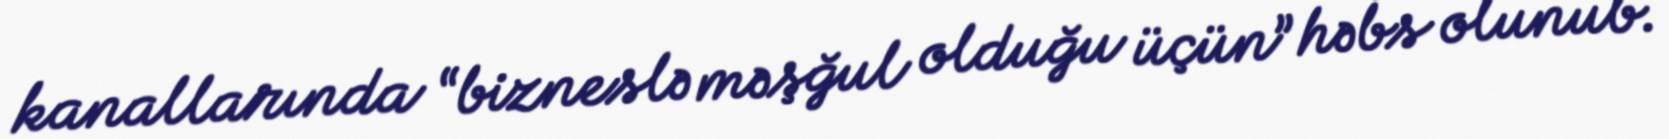
kanallarında “bizneslə məşğul olduğu üçün” həbs olunub.